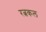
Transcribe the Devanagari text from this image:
रत्नकल